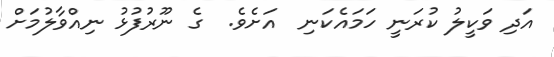
އަދި ވަކީލު ކުރަނީ ހަމައެކަނި  އަށެވެ.  ގެ ނޫރުފުޅު ނިއްވާލުމަށް